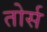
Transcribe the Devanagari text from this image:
तोर्स